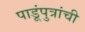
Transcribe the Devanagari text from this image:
पाडूंपुत्रांची